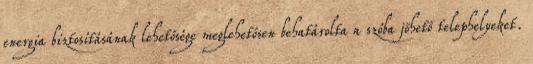
energia biztosításának lehetősége meglehetősen behatárolta a szóba jöhető telephelyeket.